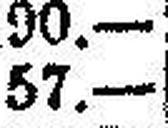
57.—